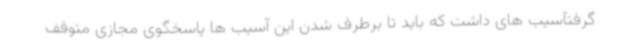
گرفتآسیب های داشت که باید تا برطرف شدن این آسیب ها پاسخگوی مجازی متوقف